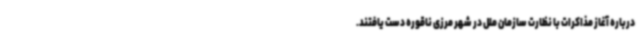
درباره آغاز مذاکرات با نظارت سازمان ملل در شهر مرزی ناقوره دست یافتند.